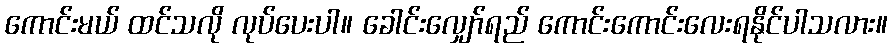
ကောင်းမယ် ထင်သလို လုပ်ပေးပါ။ ခေါင်းလျှော်ရည် ကောင်းကောင်းလေးရနိုင်ပါသလား။